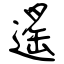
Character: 遙